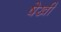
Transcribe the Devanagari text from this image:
षेखी